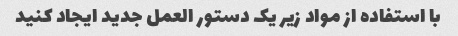
با استفاده از مواد زیر یک دستور العمل جدید ایجاد کنید